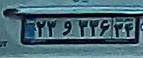
۲۳و۳۳۶۳۴